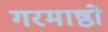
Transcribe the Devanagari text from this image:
गरमाष्ठो